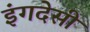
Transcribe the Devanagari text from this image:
इंगदेसी